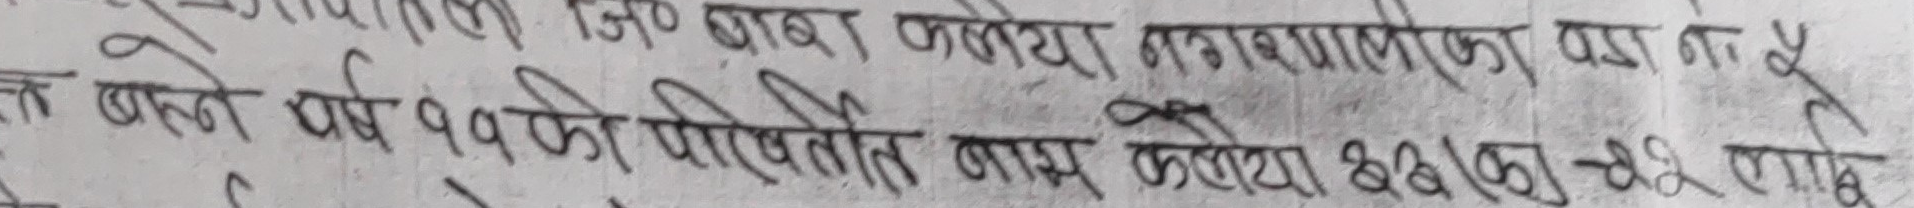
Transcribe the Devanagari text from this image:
म जिए बारा कलेया नगरपालीका वडा न ५
५
बस्ने पर्ष ११ को परिवतेति नाम कोया ६६/का २२ लाई